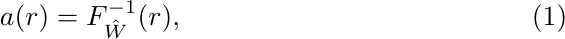
\begin{equation}\label{eq333}
a(r) = F_{\hat{W}}^{-1}(r),
 \end{equation}